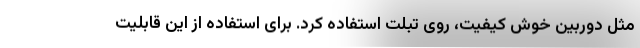
مثل دوربین خوش کیفیت، روی تبلت استفاده کرد. برای استفاده از این قابلیت